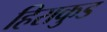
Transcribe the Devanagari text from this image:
हिराकुड